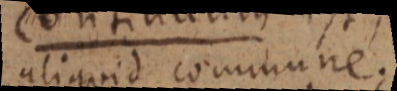
aliquid commune.